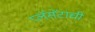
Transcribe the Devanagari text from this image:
प्लॅसेंटाची